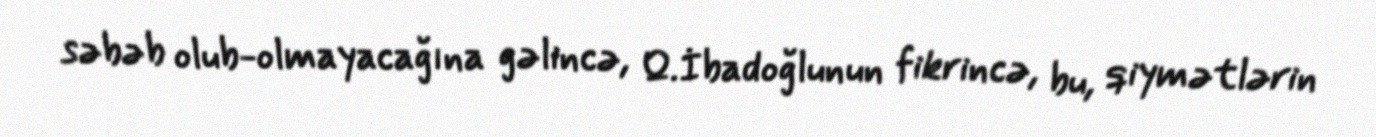
səbəb olub-olmayacağına gəlincə, Q.İbadoğlunun fikrincə, bu, qiymətlərin